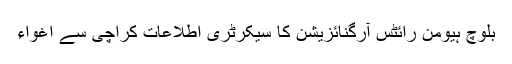
بلوچ ہیومن رائٹس آرگنائزیشن کا سیکرٹری اطلاعات کراچی سے اغواء